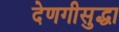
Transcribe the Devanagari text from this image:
देणगीसुद्धा